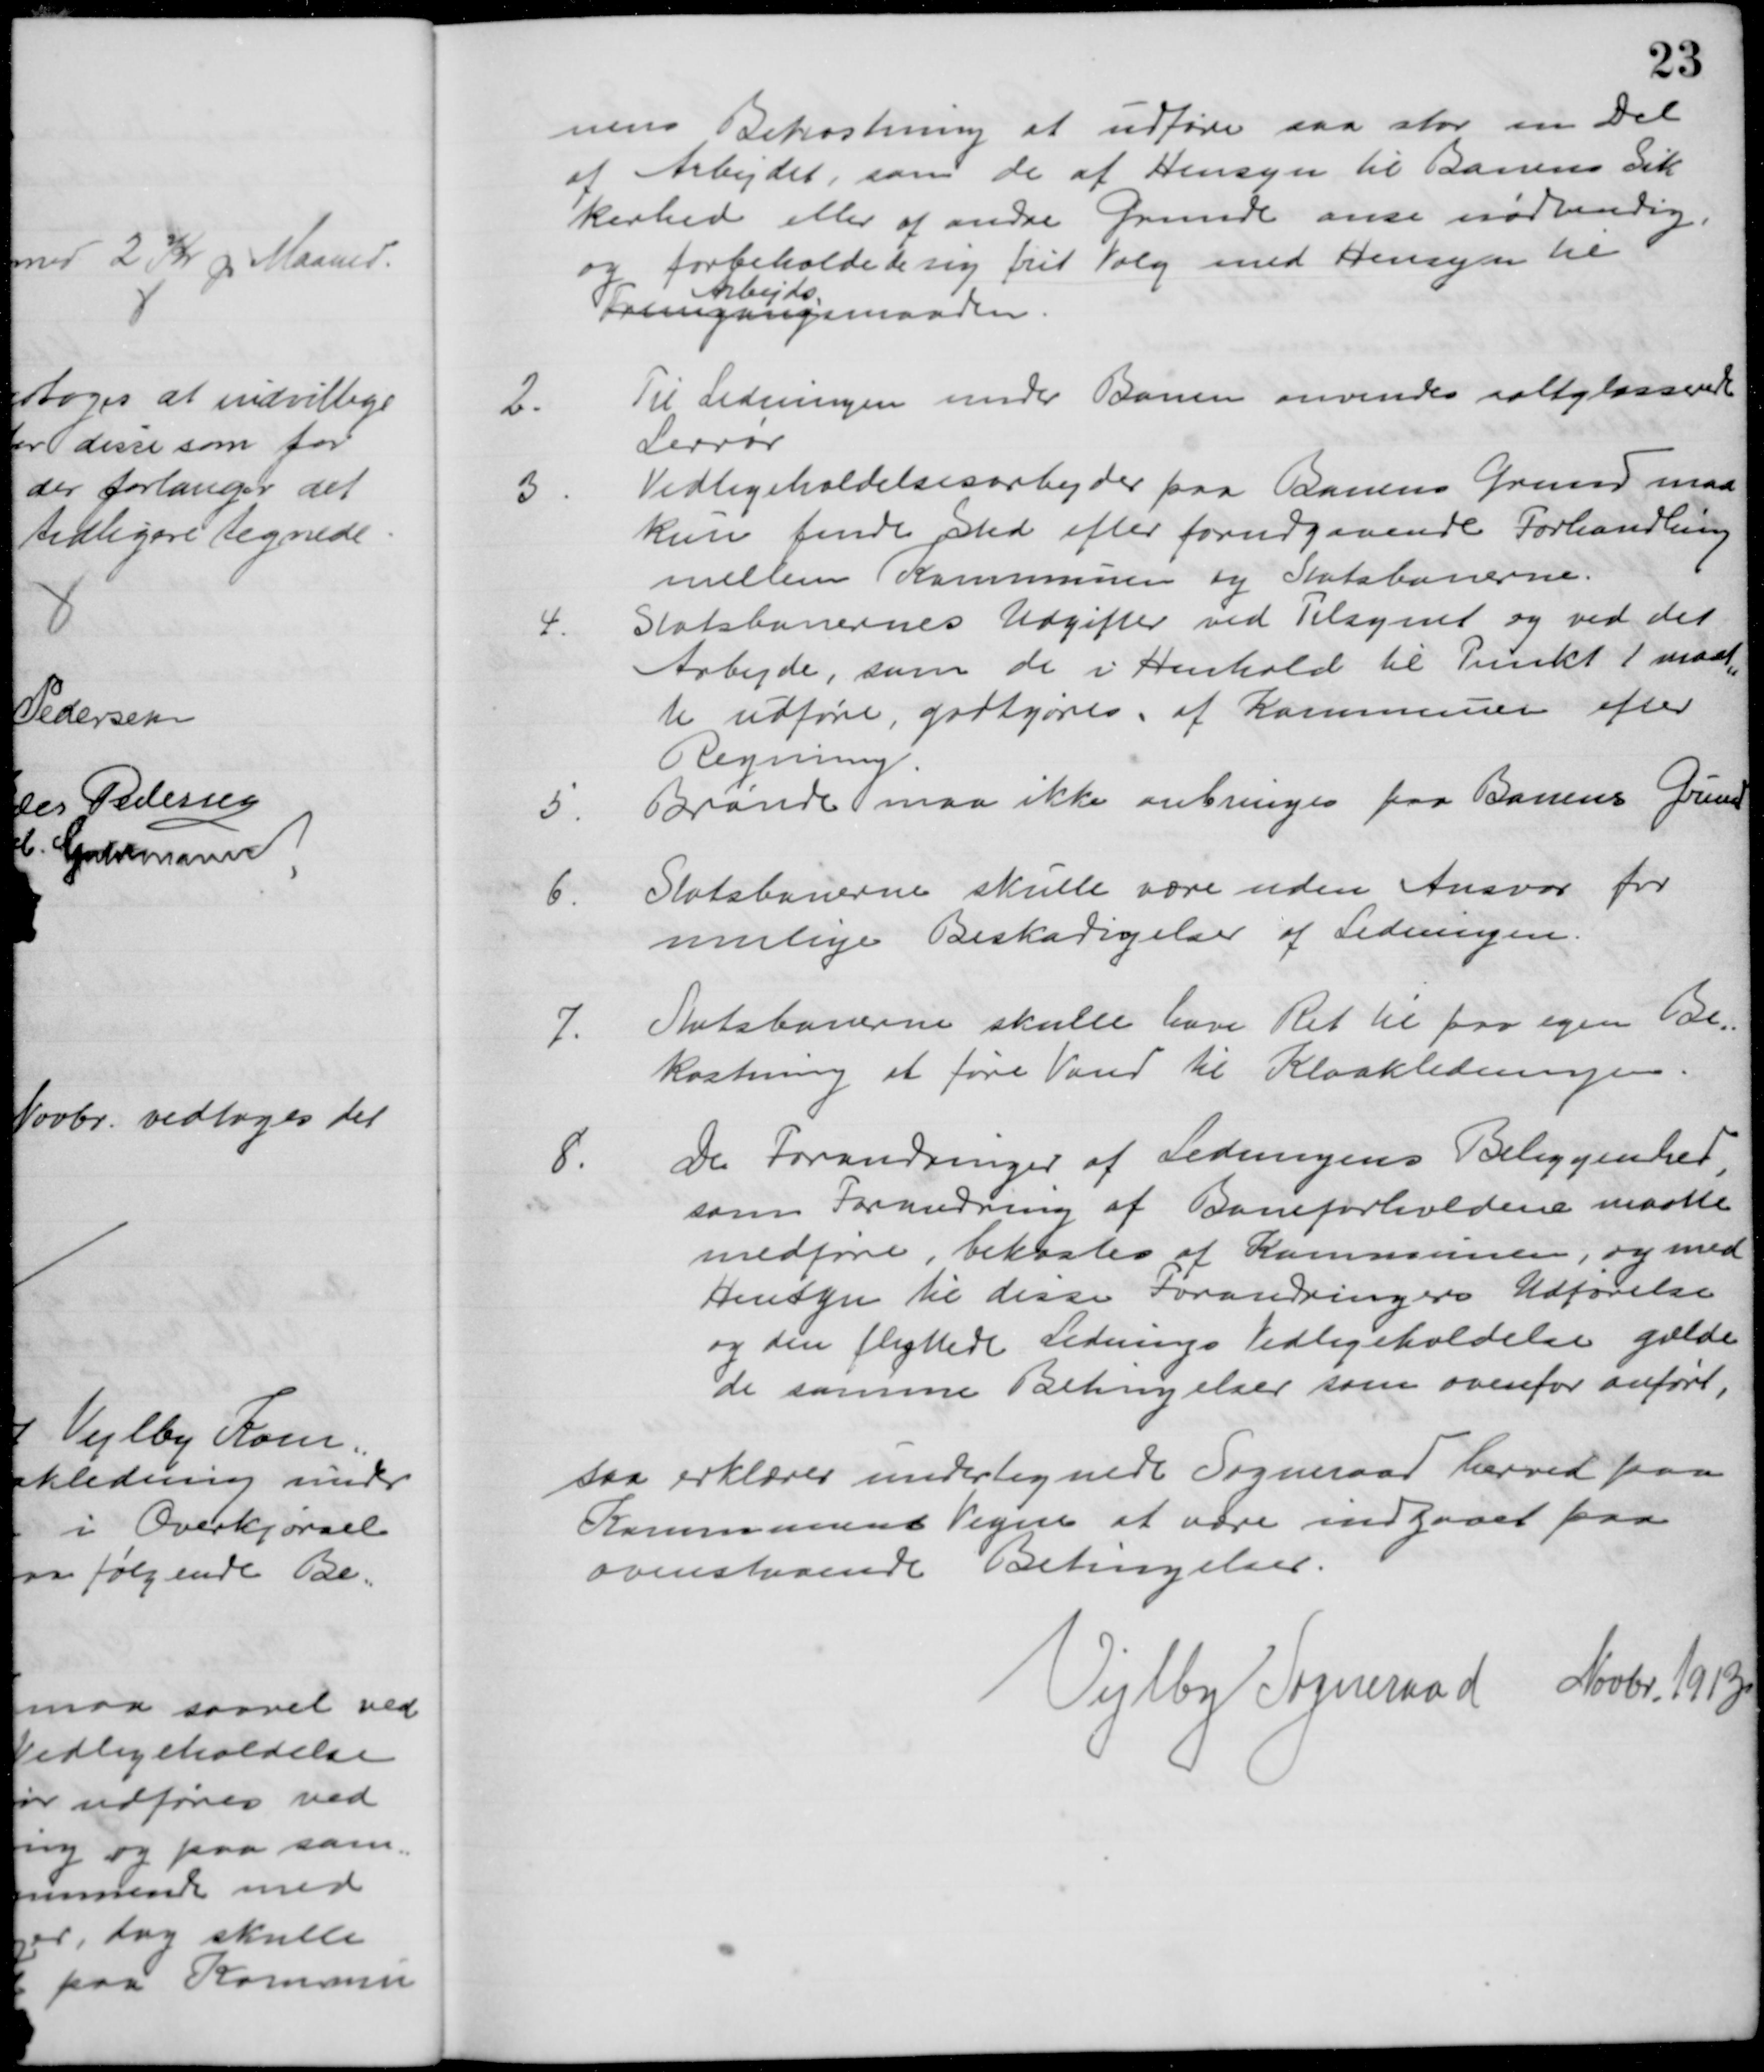
Transskription:
nens Bekostning at udføre saa stor en Del
af Arbejdet, som de af Hensyn til Banens Sik
kerhed eller af andre Grunde anse nødvendig
og forbeholde de sig frit Valg med Hensyn til
Fremgangs
Arbejds
maaden.
2.
Til Ledningen under Banen anvendes saltglasserede
Lerrør
3.
Vedligeholdelsesarbejder paa Banens Grund maa
kun finde Sted efter forudgaaende Forhandling
mellem Kommunen og Statsbanerne.
4.
Statsbanernes Udgifter ved Tilsynet og ved det 
Arbejde, som de i Henhold til Punkt 1 maat
=
te udføre, godtgøres af Kommunen efter
Regning.
5.
Brønde maa ikke anbringes paa Banens Grund
6.
Statsbanerne skulle være uden Ansvar for 
mulige Beskadigelse af Ledningen.
7.
Statsbanerne skulle have Ret til paa egen Be=
kostning at føre Vand til Kloakledningen.
8.
De Forandringer af Ledningens Beliggenhed,
som Forandring af Baneforholdene maatte
medføre, bekostes af Kommunen, og med
Hensyn til disse Forandringers Udførelse
og den flyttede Lednings Vedligeholdelse gælder
de samme Betingelser som ovenfor anført,
saa erklærer undertegnede Sogneraad herved paa
Kommunens Vegne at være indgaaet paa
ovenstaaende Betingelser.
Vejlby Sogneraad Novbr. 1913